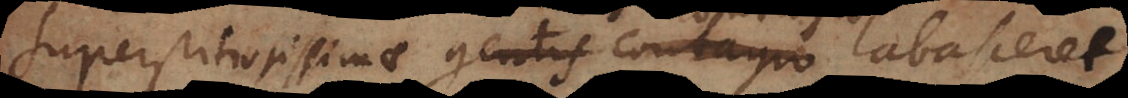
superstitiosissimae gentis contagio nationis